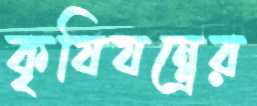
কৃষিযন্ত্রের